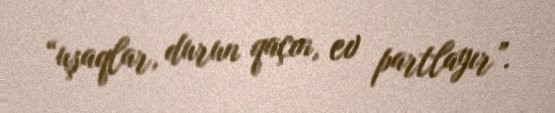
“uşaqlar, durun qaçın, ev partlayır”.